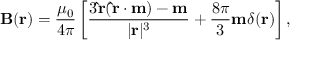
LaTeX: \mathbf { B } ( \mathbf { r } ) = { \frac { \mu _ { 0 } } { 4 \pi } } \left[ { \frac { 3 \mathbf { \hat { r } } ( \mathbf { \hat { r } } \cdot \mathbf { m } ) - \mathbf { m } } { | \mathbf { r } | ^ { 3 } } } + { \frac { 8 \pi } { 3 } } \mathbf { m } \delta ( \mathbf { r } ) \right] ,